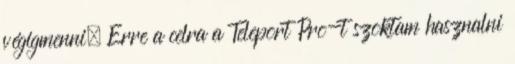
végigmenni. Erre a celra a Teleport Pro-t szoktam hasznalni